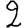
Digit: 2